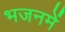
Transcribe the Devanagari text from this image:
भजनमें